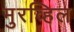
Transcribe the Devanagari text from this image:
मुरव्हिल